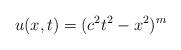
LaTeX: \begin{align*}u(x,t)= (c^2t^2 - x^2)^{m}\end{align*}